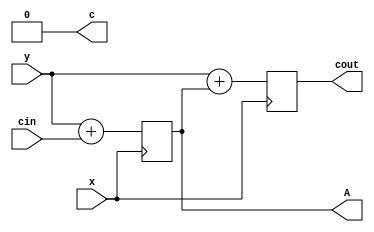
module top
(
 input x,
 input y,
 input cin,

 output reg A,
 output reg cout,
 output c
 );

 initial begin
    A = 0;
    cout = 0;
 end

 assign c = 1'b0;

always @(posedge x) begin
    A <=  y + cin;
end
always @(negedge x) begin
    cout <=  y + A;
end

endmodule